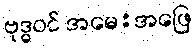
ဗုဒ္ဓဝင် အမေ:အဖြေ